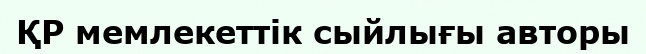
ҚР мемлекеттік сыйлығы авторы